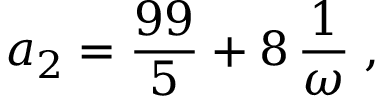
a _ { 2 } = { \displaystyle \frac { 9 9 } { 5 } } + 8 \, { \displaystyle \frac { 1 } { { \omega } } } \; ,